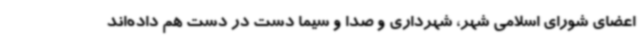
اعضای شورای اسلامی شهر، شهرداری و صدا و سیما دست در دست هم داده‌اند